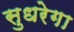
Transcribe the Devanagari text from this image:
सुधरेगा